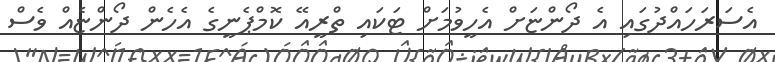
އެސަރަހައްދުގައި އެ ދޯންޏަށް އެހީވުމަށް ޓަކައި ތްރީއޭ ކޮމްޕެނީގެ އެހެން ދޯންޏެއް ވެސް